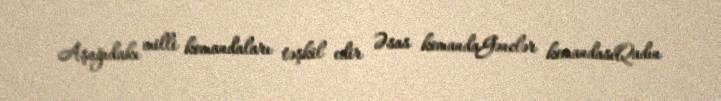
Aşağıdakı milli komandaları təşkil edir Əsas komandaGənclər komandasıQadın